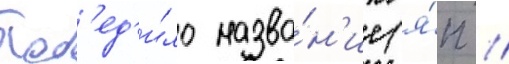
Поб'ед'и́ло назва́н'ие (я́п //